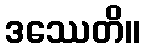
ဒဿေတိ။